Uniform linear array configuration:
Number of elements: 48
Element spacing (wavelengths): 0.75
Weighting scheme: blackman
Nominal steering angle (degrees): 15
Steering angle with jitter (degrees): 14.891
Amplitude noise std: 0.05
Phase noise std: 0.05

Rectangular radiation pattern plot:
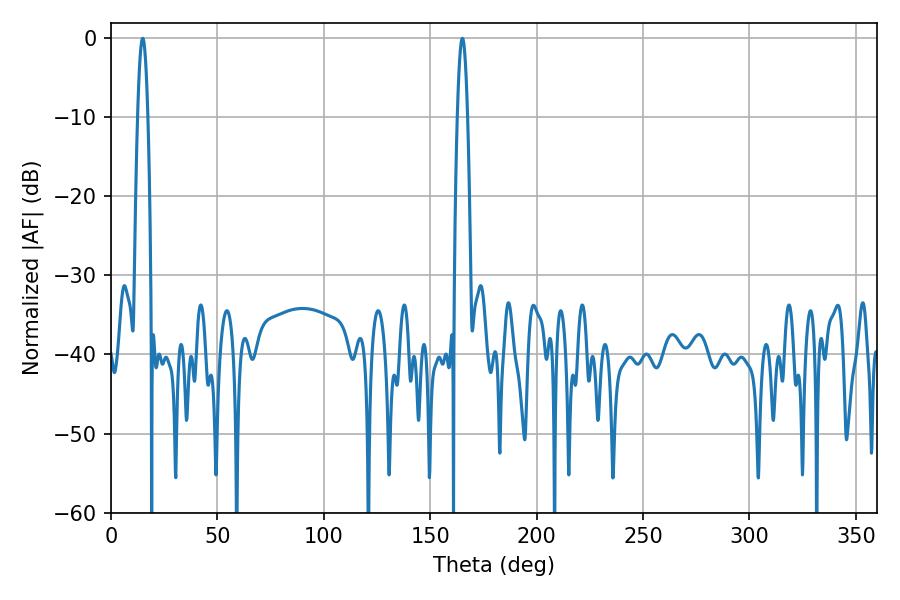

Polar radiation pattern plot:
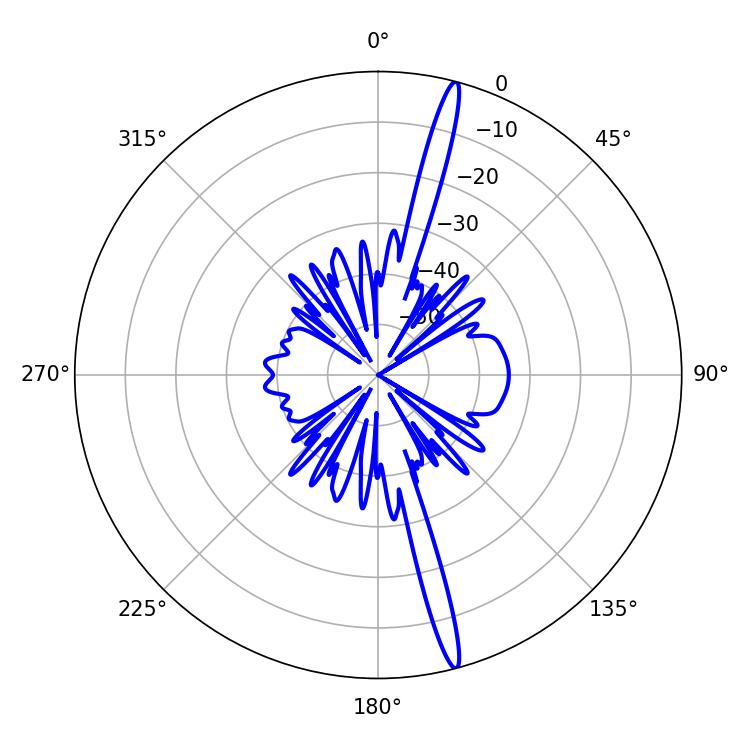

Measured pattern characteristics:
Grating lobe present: TRUE
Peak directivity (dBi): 18.855
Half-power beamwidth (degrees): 2.52
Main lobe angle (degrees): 14.94